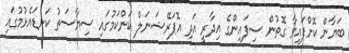
ބަޔާން ކޮށްފައިވާ ގޮތުން ސިފައިންގެ އިދާރީ އަދި އޮޕަރޭޝަނަލް ކަންކަމުގައި ސިޔާސަތު ކަނޑައެޅުމުގައި